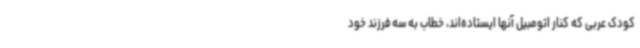
کودک عربی که کنار اتومبیل آنها ایستاده‌اند، خطاب به سه فرزند خود